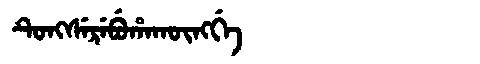
Manchu: ᡨᡠᠩᠰᡝᡵᡝᠪᡠᡥᠠᡴᡡᠩᡤᡝ
Romanization: TUNGSEREBUHAKŪNGGE